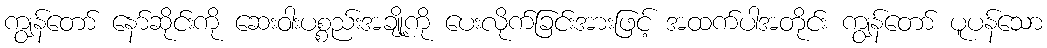
ကျွန်တော် နော်ဆိုင်းကို ဆေးဝါးပစ္စည်းအချို့ကို ပေးလိုက်ခြင်းအားဖြင့် အထက်ပါအတိုင်း ကျွန်တော် ပူပန်သော